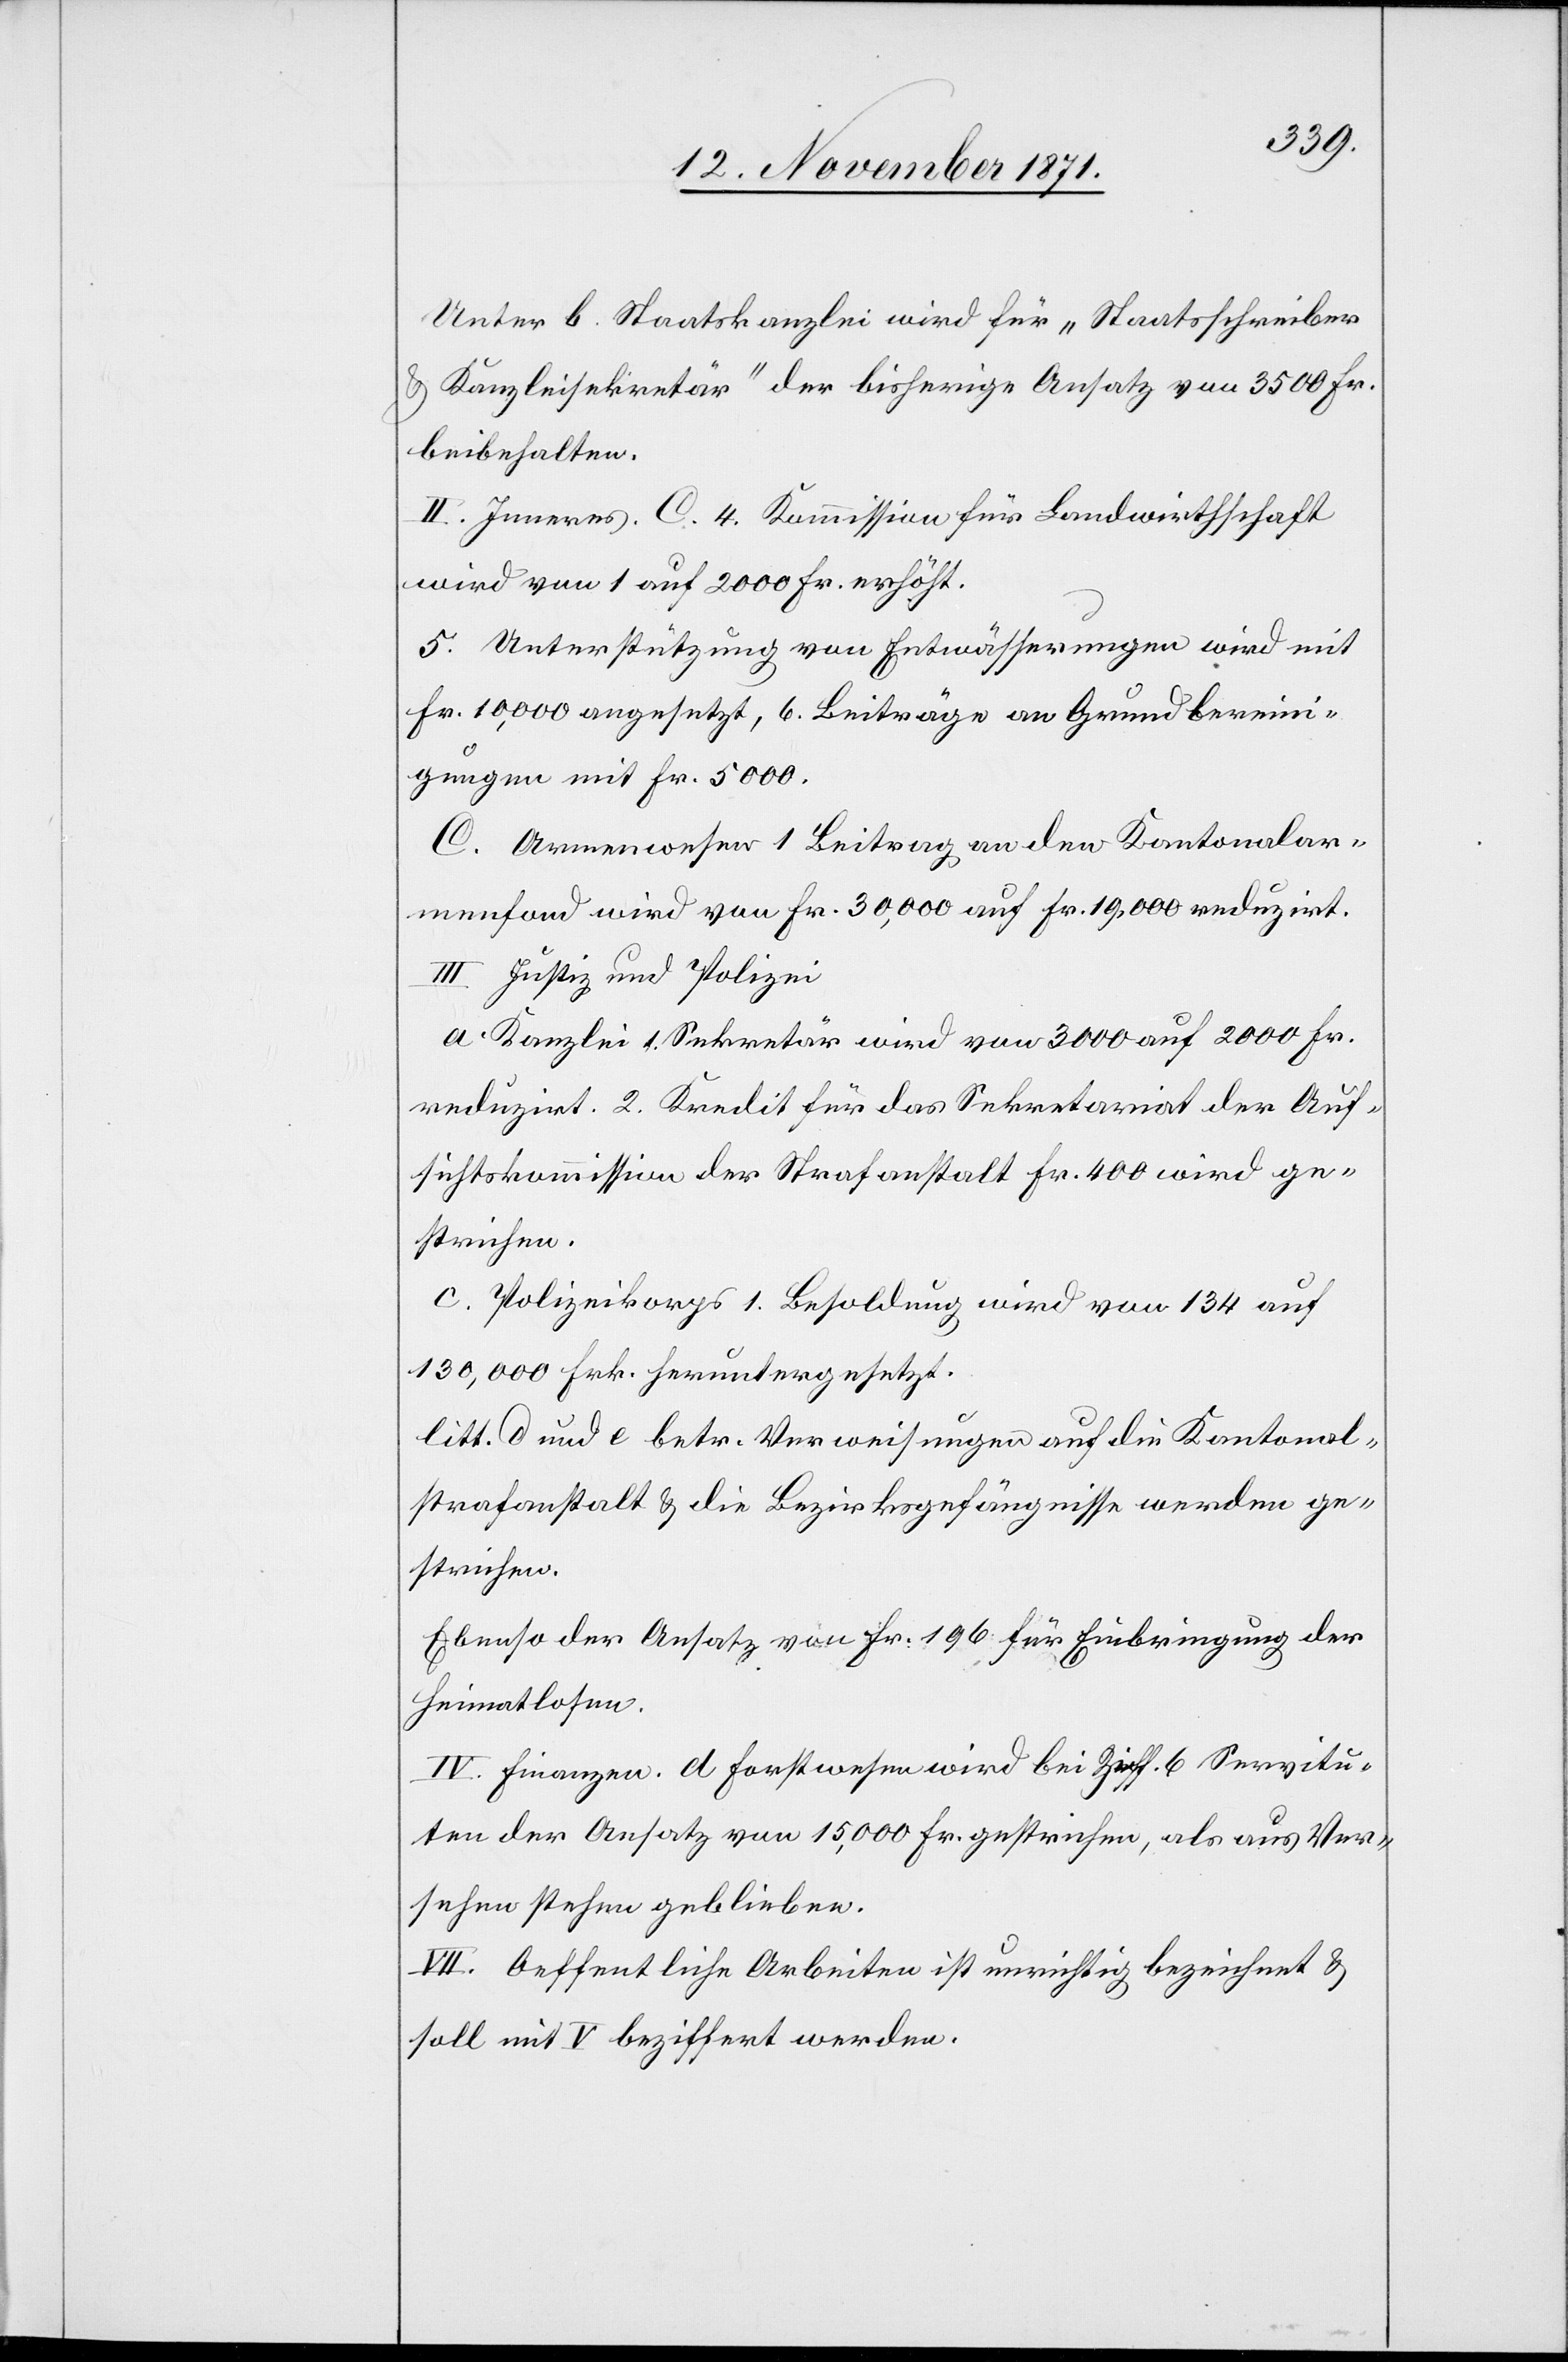
Unter b. Staatskanzlei wird für „Staatsschreiber
& Kanzleisekretär“ der bisherige Ansatz von 3500 Fr.
beibehalten.
II. Inneres. C. 4. Kommission für Landwirthschaft
wird von 1 auf 2000 Fr. erhöht.
5. Unterstützung von Entwässerungen wird mit
Fr. 10,000 angesetzt, 6. Beiträge an Grundbereini¬
gungen mit Fr. 5000.
C. Armenwesen 1 Beitrag an den Kantonalar¬
menfond wird von Fr. 30,000 auf Fr. 19,000 reduzirt.
III. Justiz und Polizei.
a. Kanzlei 1. Sekretär wird von 3000 auf 2000 Fr.
reduzirt. 2. Kredit für das Sekretariat der Auf¬
sichtskommission der Strafanstalt Fr. 400 wird ge¬
strichen.
C. Polizeikorps. 1. Besoldung wird von 134 auf
130,000 Frk. heruntergesetzt.
litt. d und e betr. Verweisungen auf die Kantonal¬
strafanstalt & die Bezirksgefängnisse werden ge¬
strichen.
Ebenso der Ansatz von Fr. 196 für Einbringung der
Heimatlosen.
IV. Finanzen. d Forstwesen wird bei Ziff. 6 Servitu¬
ten der Ansatz von 15,000 Fr. gestrichen, als aus Ver¬
sehen stehen geblieben.
VII. Oeffentliche Arbeiten ist unrichtig bezeichnet &
soll mit V beziffert werden.